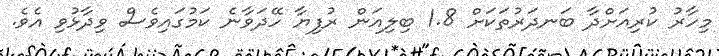
މިހާރު ކުރިއަށްދާ ބަނދަރުތަކަށް 1.8 ބިލިއަން ރުފިޔާ ހޭދަވާނެ ކަމުގައިވެސް ވިދާޅުވި އެވެ.